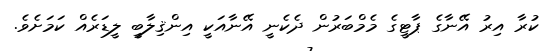
ކުރާ އިރު އޭނާގެ ޕާޓީގެ މެމްބަރުން ދެކެނީ އޭނާއަކީ އިންޤިލާބީ ލީޑަރެއް ކަމަށެވެ.